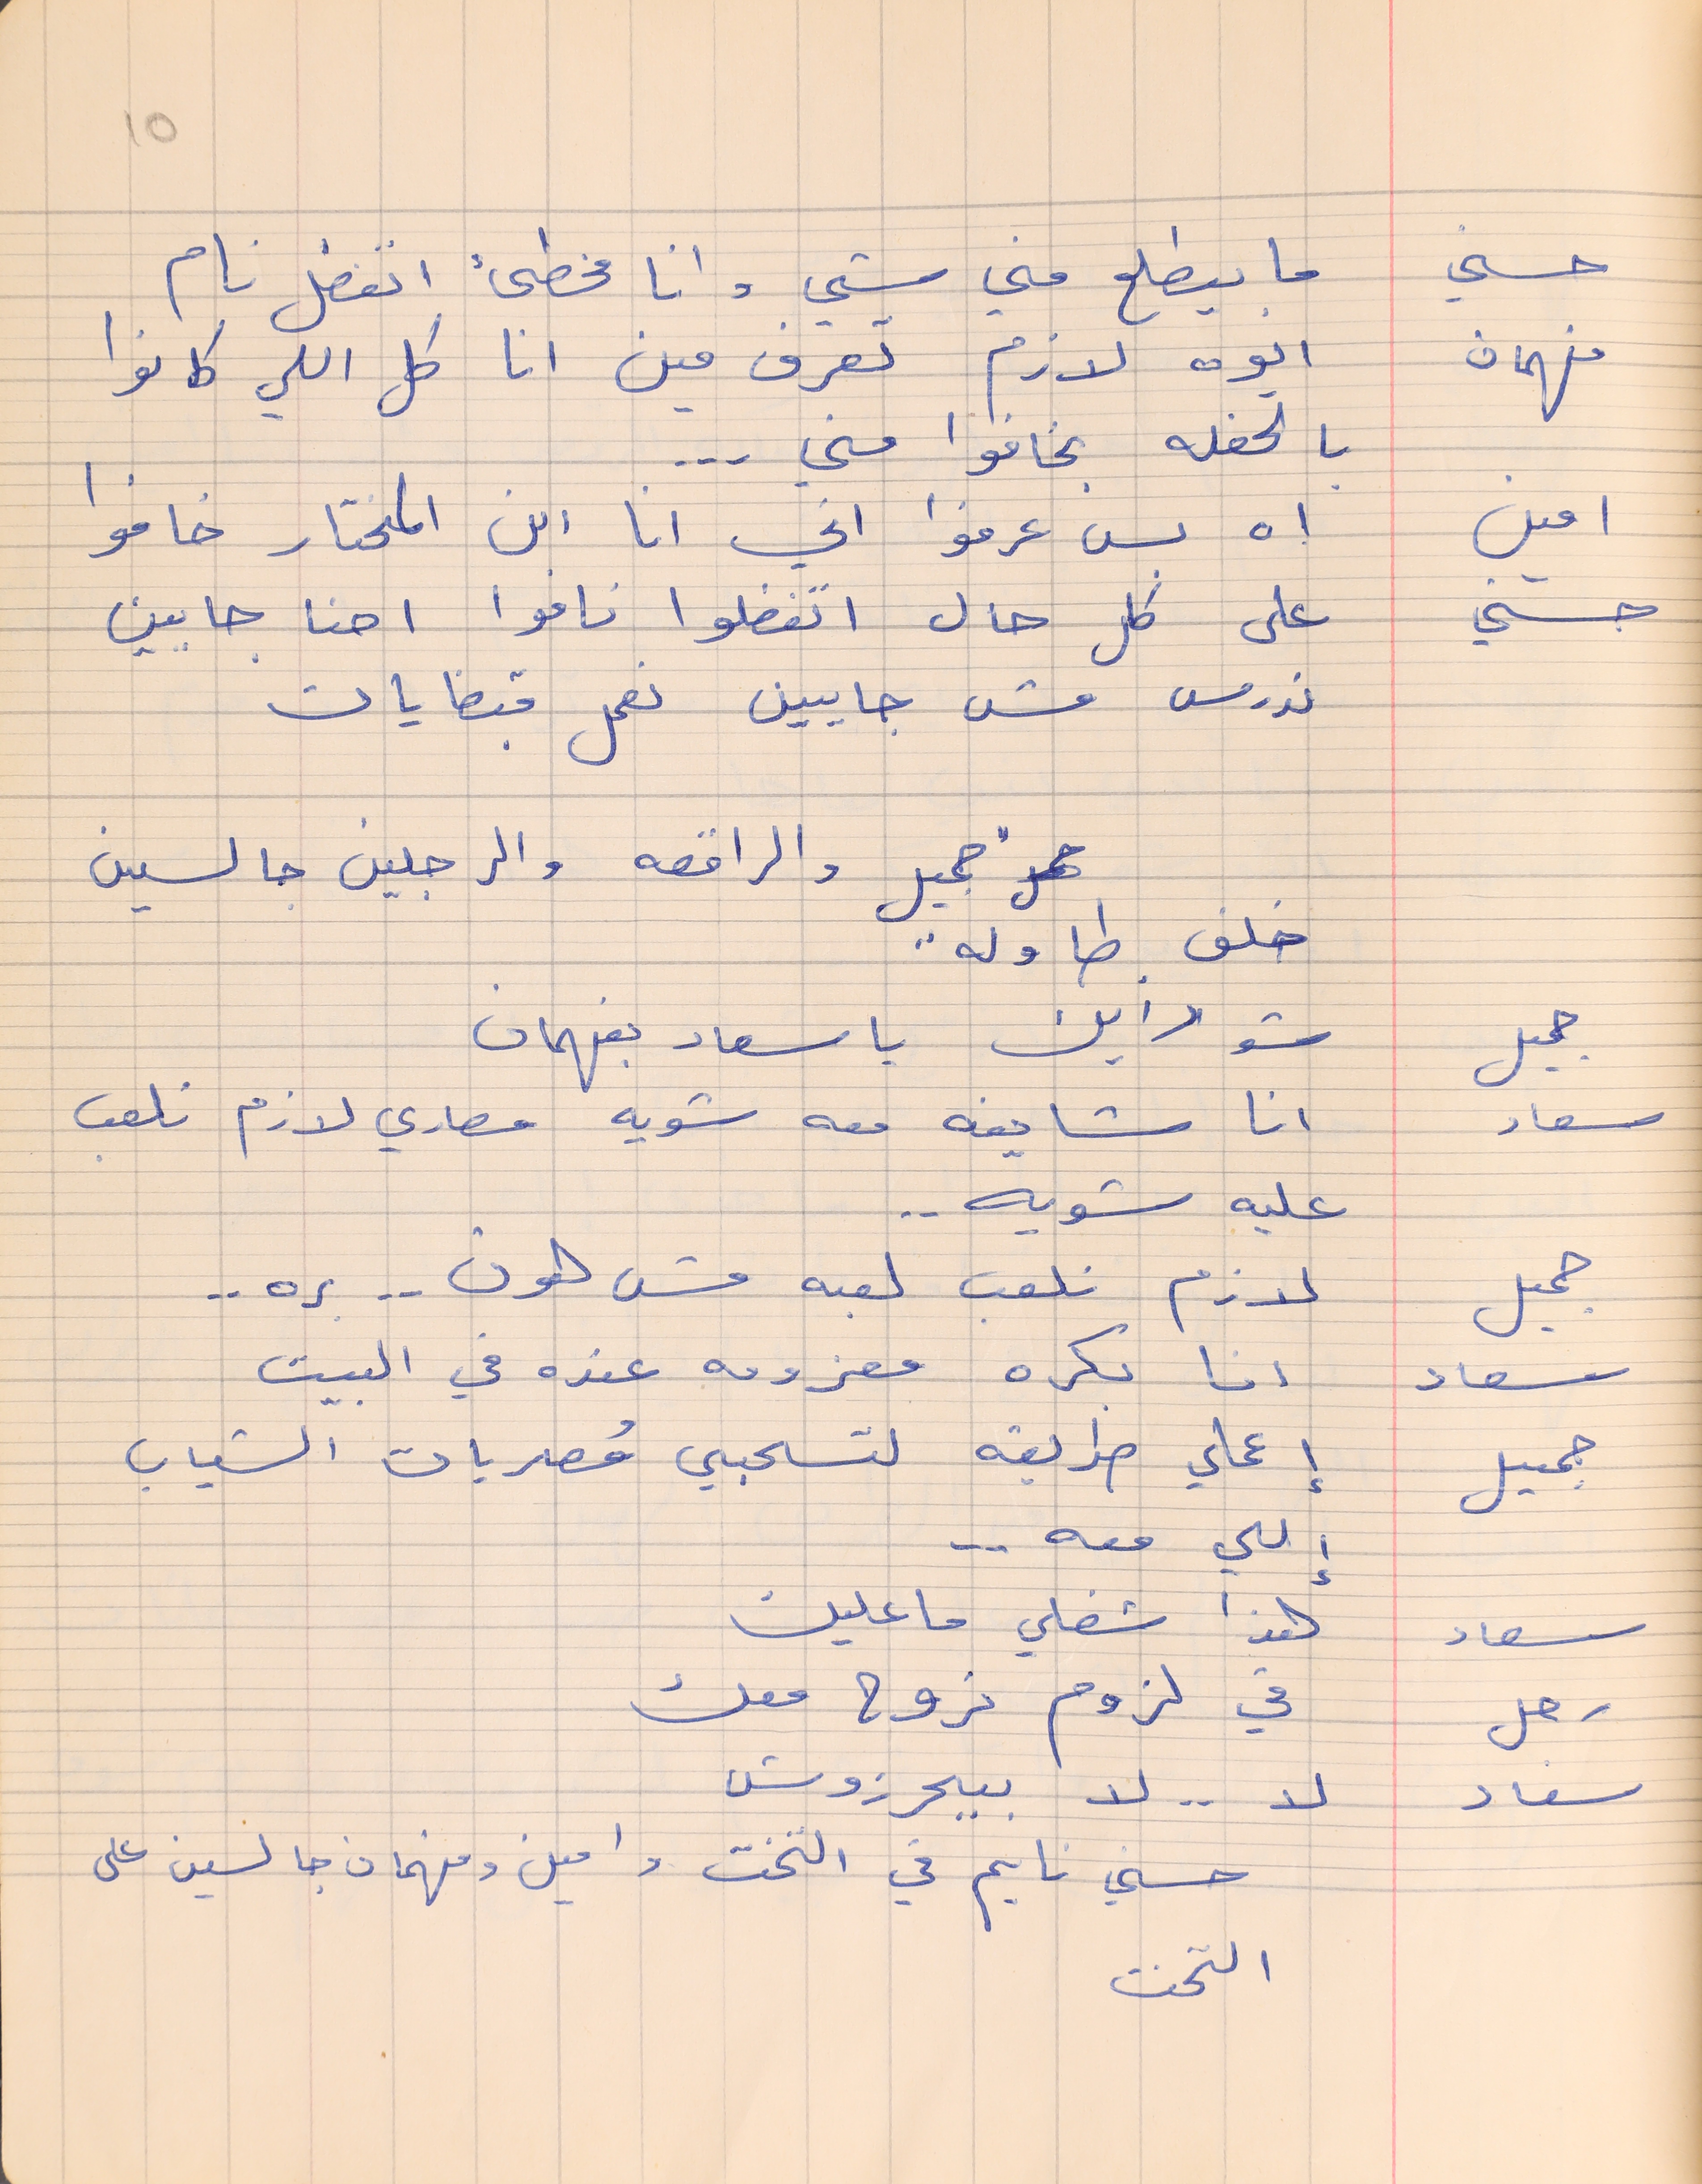
حسني    ما ييطلع مني شي وانا مخطىء اتفضل نام
فهمان    ايوه لازم تعرف مين انا كل اللي كانوا
بالحفله بخافوا مني  . . .
امين      اه بس عرفوا اني انا ابن المختار خافوا
حسني      على كل حال اتفضلوا ناموا احنا جايين
ندرس مش جايين نعمل قبضايات
جميل والراقصه والرجلين جالسين
جميل     شو رايك يا سعاد بفهمان
سعاد     انا شايفه معه شويه مصاري لازم نلعب
عليه شويه . .
جميل     لازم نلعب لعبه مش هون  . .  بره . .
سعاد     انا بكره معزومه عنده في البيت
جميل    إعملي طريقه لتسحبي مُصريات الشباب
إللي معه  . .
سعاد     هذا شغلي ما عليك
رجل     في لزوم نروح معك
سعاد     لا . .  لا  بيحرزوش
حسني نايم في التخت وامين وفهمان جالسين على
التخت
10
خلف طاوله  . .